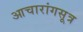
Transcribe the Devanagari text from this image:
आचारांगसूत्र